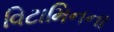
વિટામિનના